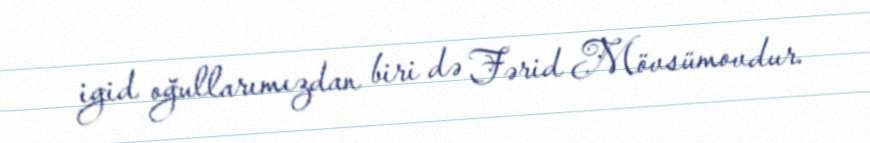
igid oğullarımızdan biri də Fərid Mövsümovdur.